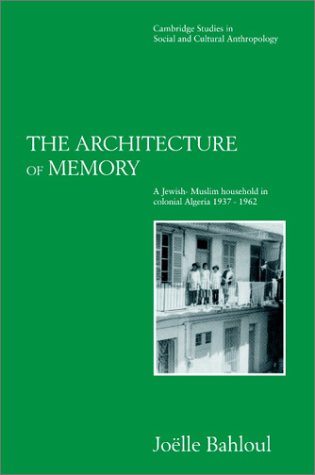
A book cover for The Architecture of Memory: A Jewish-Muslim Household in Colonial Algeria, 1937-1962 (Cambridge Studies in Social and Cultural Anthropology); Joelle Bahloul; History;